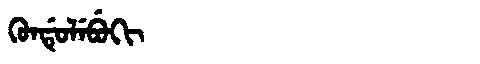
Manchu: ᡴᡠᠨᡩᡠᠯᡝᠪᡠᡴᡳ
Romanization: KUNDULEBUKI